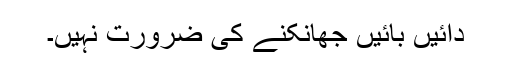
دائیں بائیں جھانکنے کی ضرورت نہیں۔